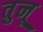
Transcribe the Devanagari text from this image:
तुनू